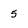
Character: 5